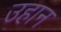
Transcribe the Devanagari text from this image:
उहान